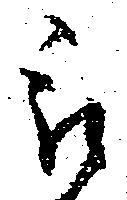
被